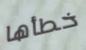
خطأها